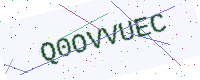
Text: Q0OVVUEC